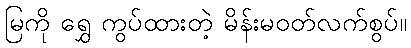
မြကို ရွှေ ကွပ်ထားတဲ့ မိန်းမဝတ်လက်စွပ်။